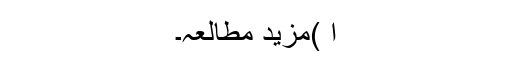
ا )مزید مطالعہ۔